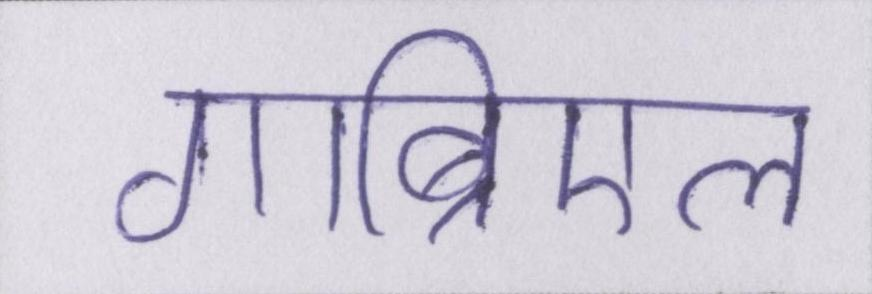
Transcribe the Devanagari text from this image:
गाब्रिएल